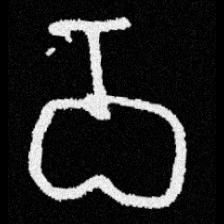
Pyu character \u2014 Myanmar letter: ဝ (romanized: wa)